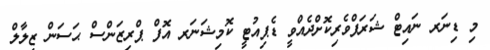
މި ޑިނަރ ނައިޓް ޝަރަފްވެރިކޮށްދެއްވީ ޑެޕިއުޓީ ކޮމިޝަނަރ އޮފް ޕްރިޒަންސް ޙަސަން ޒިލާލް